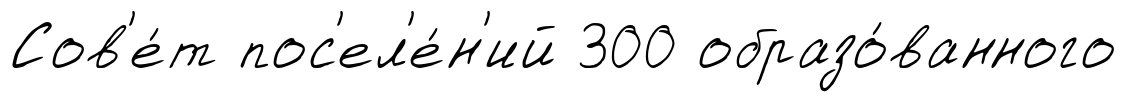
Сов'е́т пос'ел'е́н'ий 300 образо́ванного